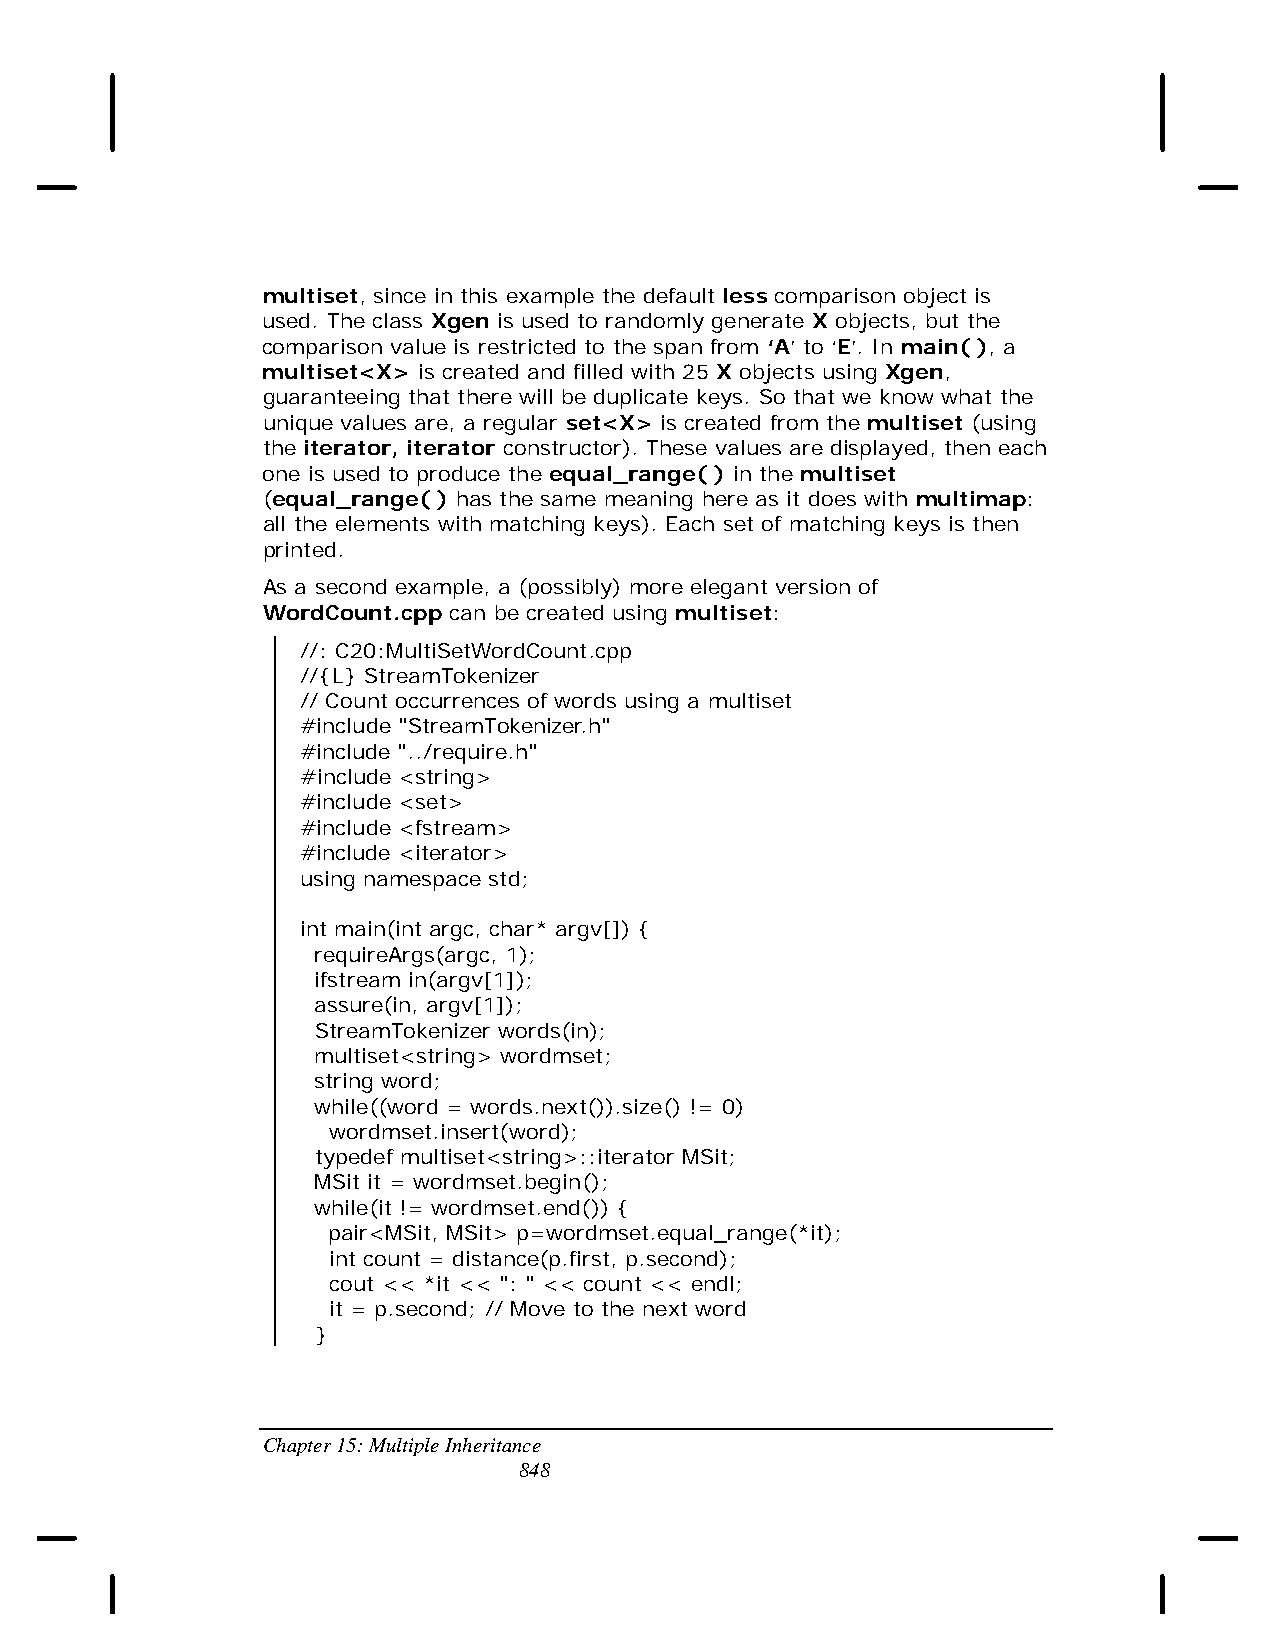
multiset, since in this example the default less comparison object is
 used. The class Xgen is used to randomly generate X objects, but the
 comparison value is restricted to the span from ‘A’ to ‘E’. In main( ), a
 multiset<X> is created and filled with 25 X objects using Xgen,
 guaranteeing that there will be duplicate keys. So that we know what the
 unique values are, a regular set<X> is created from the multiset (using
 the iterator, iterator constructor). These values are displayed, then each
 one is used to produce the equal_range( ) in the multiset
 (equal_range( ) has the same meaning here as it does with multimap:
 all the elements with matching keys). Each set of matching keys is then
 printed.
 As a second example, a (possibly) more elegant version of
 WordCount.cpp can be created using multiset:
 //: C20:MultiSetWordCount.cpp
 //{L} StreamTokenizer
 // Count occurrences of words using a multiset
 #include "StreamTokenizer.h"
 #include "../require.h"
 #include <string>
 #include <set>
 #include <fstream>
 #include <iterator>
 using namespace std;
 int main(int argc, char* argv[]) {
 requireArgs(argc, 1);
 ifstream in(argv[1]);
 assure(in, argv[1]);
 StreamTokenizer words(in);
 multiset<string> wordmset;
 string word;
 while((word = words.next()).size() != 0)
 wordmset.insert(word);
 typedef multiset<string>::iterator MSit;
 MSit it = wordmset.begin();
 while(it != wordmset.end()) {
 pair<MSit, MSit> p=wordmset.equal_range(*it);
 int count = distance(p.first, p.second);
 cout << *it << ": " << count << endl;
 it = p.second; // Move to the next word
 }
 Chapter 15: Multiple Inheritance
 848